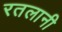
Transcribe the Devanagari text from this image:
रतलानी